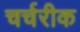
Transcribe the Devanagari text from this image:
चर्चरीक